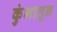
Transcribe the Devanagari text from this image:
कुंभातून